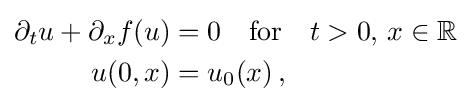
{\begin{aligned}\partial _{t}u+\partial _{x}f(u)&=0\quad {\text{for}}\quad t>0,\,x\in \mathbb {R} \\u(0,x)&=u_{0}(x)\,,\end{aligned}}